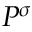
P ^ { \sigma }